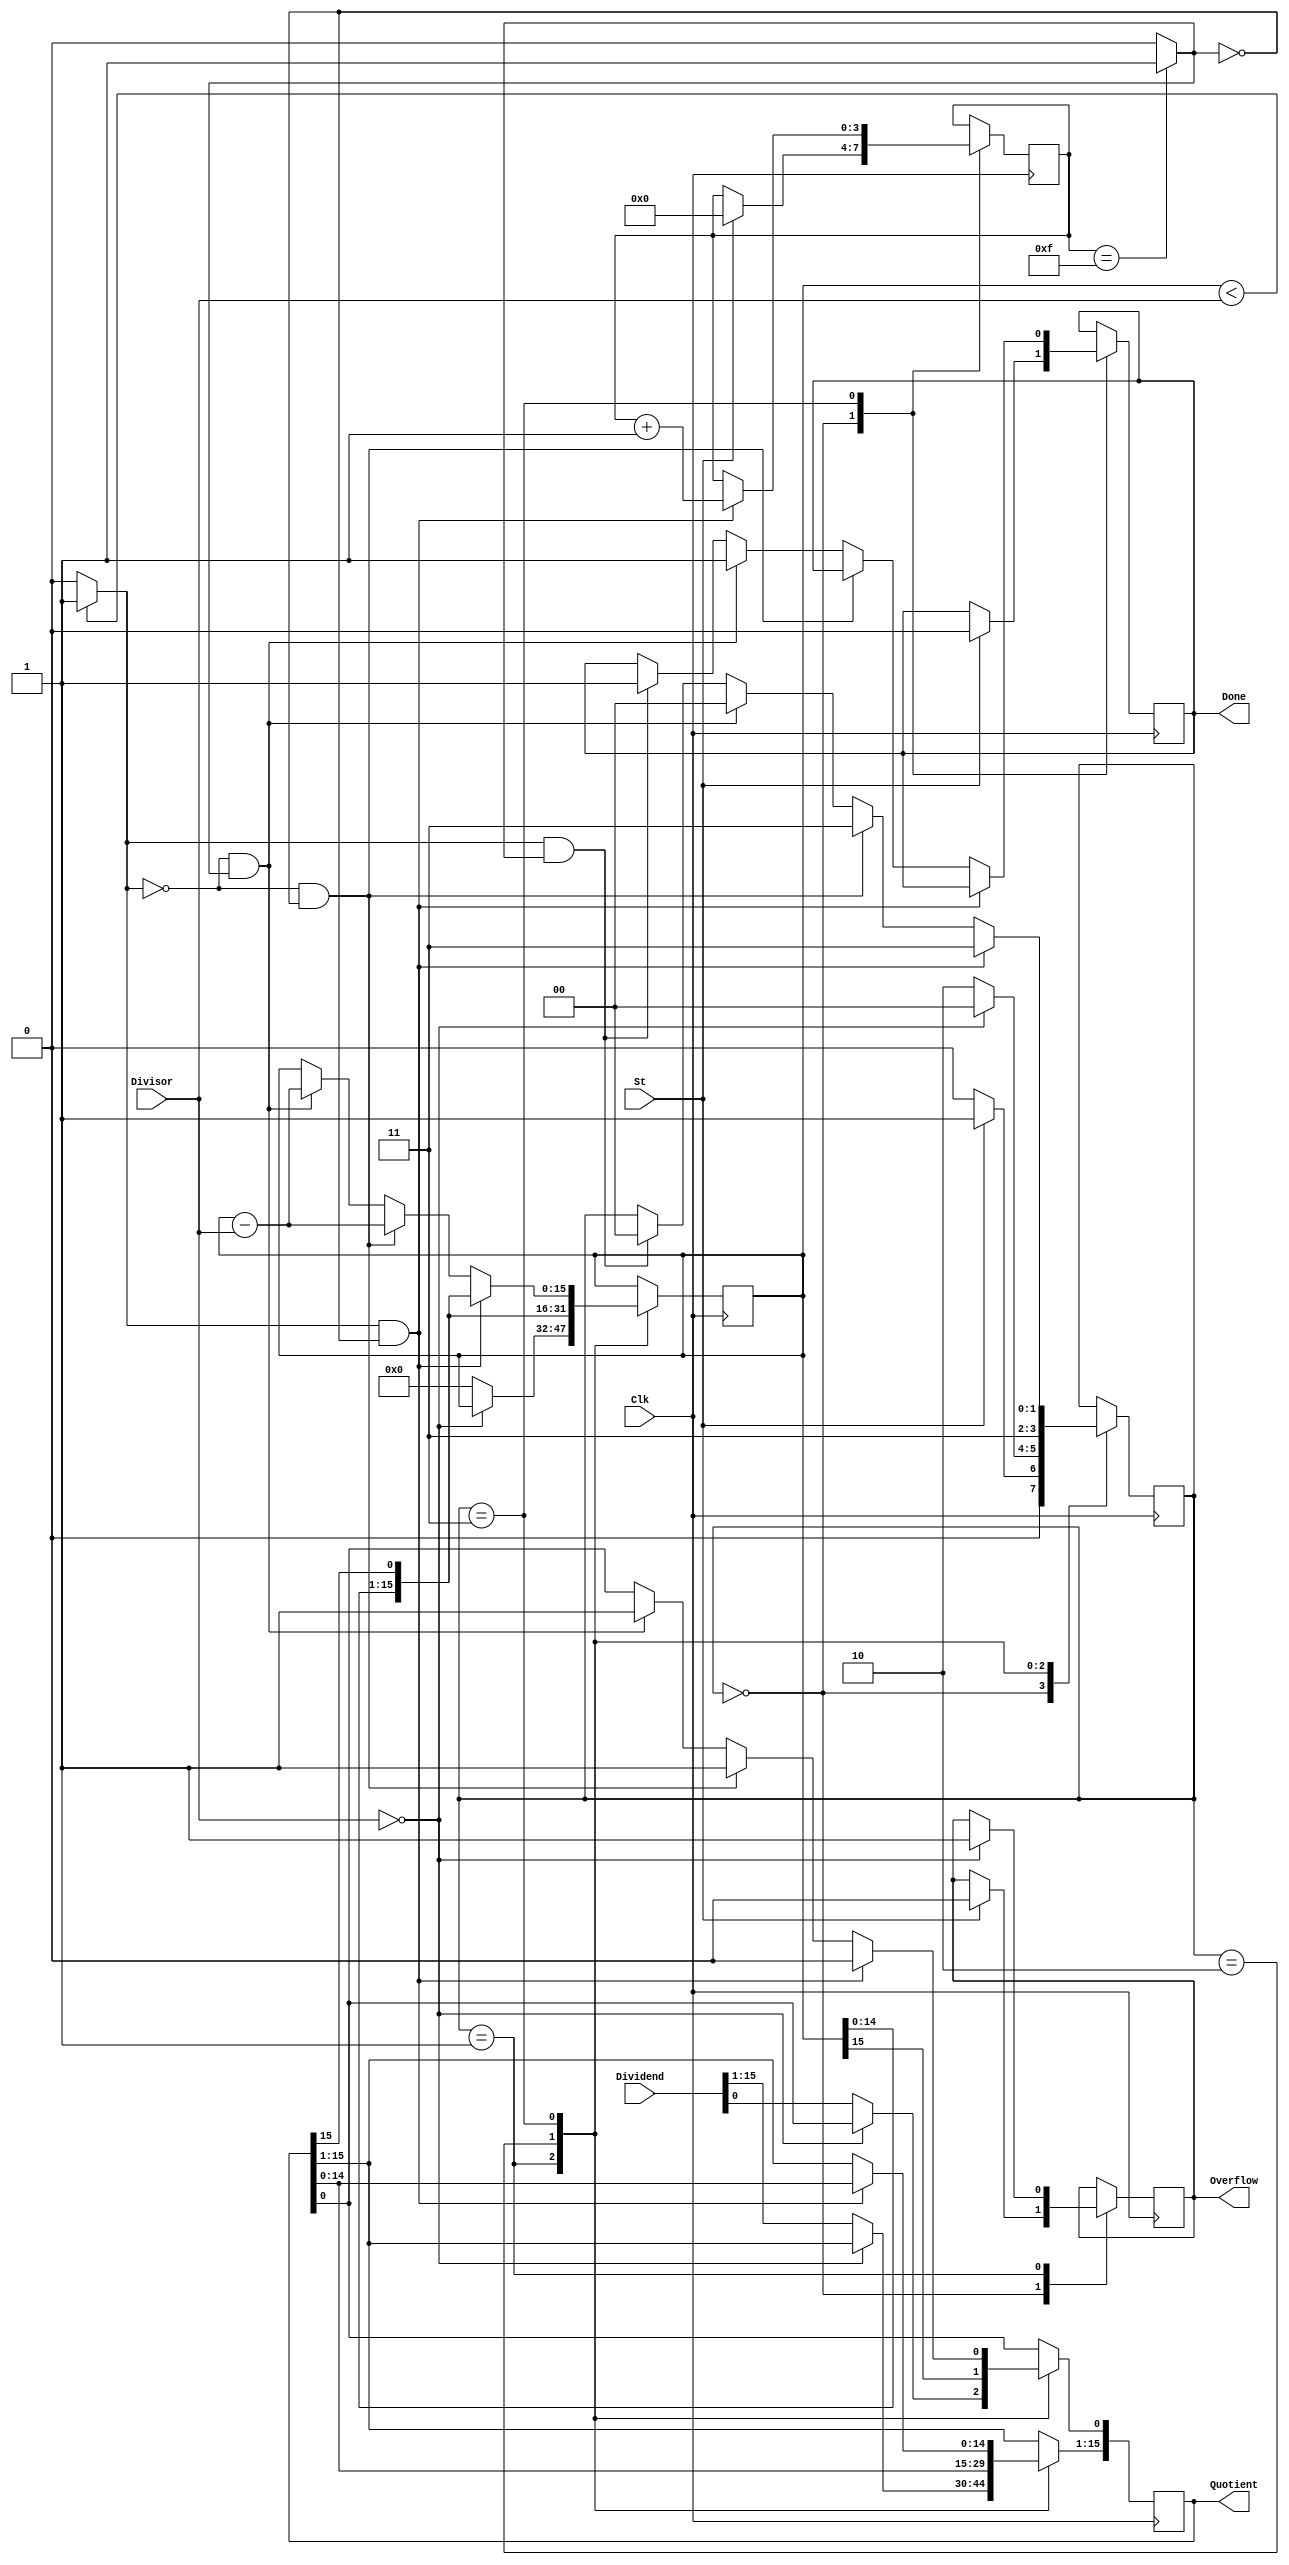
module HW2_divider(Clk, St, Divisor, Dividend, Quotient, Overflow, Done);

input Clk, St;
input [15:0] Divisor, Dividend;
output  [15:0] Quotient;
output reg Done,Overflow;

wire B;
wire K;
reg [3:0]count;
reg [1:0]state;
reg [15:0] Acc;
reg [15:0] D;

assign B = (Acc < Divisor) ? 1: 0 ;
assign K = (count==4'b1111) ? 1: 0 ;
assign Quotient = D;

initial 
  begin 
    state <= 2'b0;
    D <= 16'b0;
    Acc  <=16'b0;
    count <= 4'b0;
    Overflow <=0;
  end 

  always @(posedge Clk)
     begin 
      case (state)
	  0:
            if(St==1)
		begin 
			 Done <=0;
			 count <=4'b0;
			 Overflow <=0;
			 state <=1; //load Divisor	
		end		
	    else 
		state <=0;
           1:
		if(Divisor==16'b0)
		  begin 
		   state <= 0;
		   Overflow <=1;
		  end 
		else 
		   begin 
			Acc <=16'b0;
			D <=Dividend;
			state <=2;
		   end  
	   2:
		begin
			Acc <= {Acc[14:0], D[15]};
			D <= {D[14:0], Acc[15]};
			state <=3;
		end 
	   3: 
		begin 
		  if(B && !(K))
			begin 
				Acc <= {Acc[14:0], D[15]};
				D <= {D[14:0], 1'b0};
				count <= count +1;
				state<=3;
			end 
		   else if(!(B) && !(K))
			begin 
				Acc <= Acc - Divisor;
				D [0] <=1;
				state<=3;
			end 

 		  else if(!(B) && K)
			begin 
				Acc <= Acc - Divisor;
				D [0] <=1;				
				Done <= 1;
				state<=0;
			end 
		else if (  B && K)
			begin 
				Done <=1;
				state <=0;
			end 
		end 
	endcase
    end
endmodule